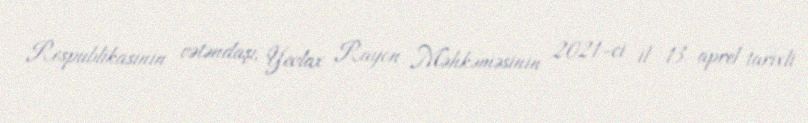
Respublikasının vətəndaşı, Yevlax Rayon Məhkəməsinin 2021-ci il 13 aprel tarixli